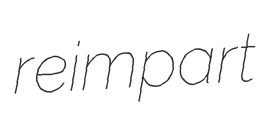
reimpart